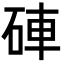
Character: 硨